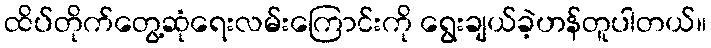
ထိပ်တိုက်တွေ့ဆုံရေးလမ်းကြောင်းကို ရွေးချယ်ခဲ့ဟန်တူပါတယ်။